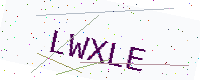
Text: LWXLE